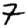
Digit: 7